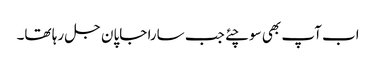
اب آپ بھی سوچئے جب سارا جاپان جل رہا تھا۔